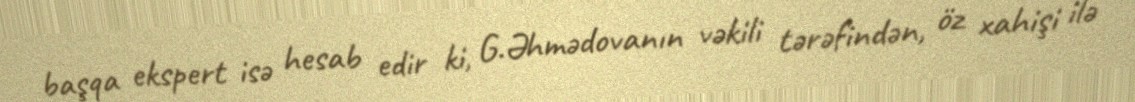
başqa ekspert isə hesab edir ki, G.Əhmədovanın vəkili tərəfindən, öz xahişi ilə